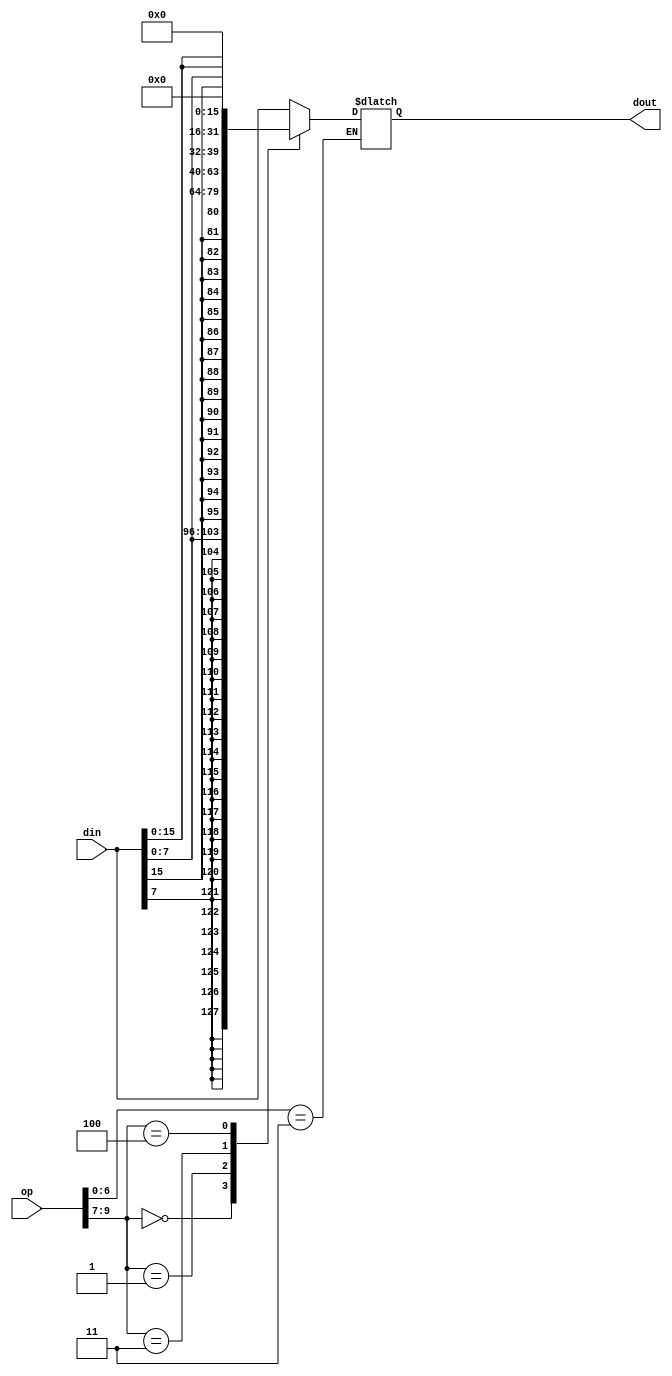
`timescale 1ns / 1ps
//////////////////////////////////////////////////////////////////////////////////
// Company: 
// Engineer: 
// 
// Design Name: 
// Module Name: dataext
// Project Name: 
// Target Devices: 
// Tool Versions: 
// Description: 
// 
// Dependencies: 
// 
// Revision:
// Revision 0.01 - File Created
// Additional Comments:
// 
//////////////////////////////////////////////////////////////////////////////////


module dataext(
    input wire [16:0] op,
    input wire [31:0] din,
    output reg [31:0] dout
    );
    
    wire [6:0] funct7;
    wire [2:0] funct3;
    wire [6:0] opcode;

    assign funct7 = op[16:10];
    assign funct3 = op[9:7];
    assign opcode = op[6:0];
    
    always@(*)
    begin
        if(opcode==7'b0000011)
        begin
        case(funct3)
             // LB
             3'b000: dout[31:0] = { {24{din[7]}}, din[7:0] };
             // LH
             3'b001: dout[31:0] = { {16{din[15]}}, din[15:0] };
             // LW
             3'b010: dout[31:0] = din[31:0];
             // LBU
             3'b011: dout = {24'h000000, din[7:0]};
             // LHU
             3'b100: dout = {16'h0000, din[15:0]};
             default:
             dout = din;
        endcase
        end
    end
    
endmodule